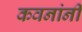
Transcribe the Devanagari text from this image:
कवनांनी